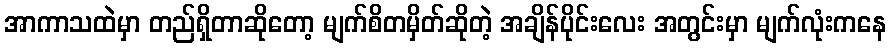
အာကာသထဲမှာ တည်ရှိတာဆိုတော့ မျက်စိတမှိတ်ဆိုတဲ့ အချိန်ပိုင်းလေး အတွင်းမှာ မျက်လုံးကနေ